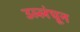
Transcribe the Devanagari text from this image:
उल्लंघून